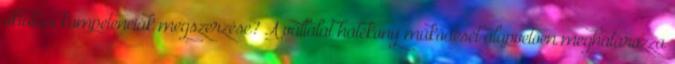
oktatási kompetenciák megszerzése? A vállalat hatékony működését alapvetően meghatározza